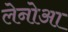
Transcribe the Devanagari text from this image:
लेनोआ